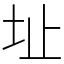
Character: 址